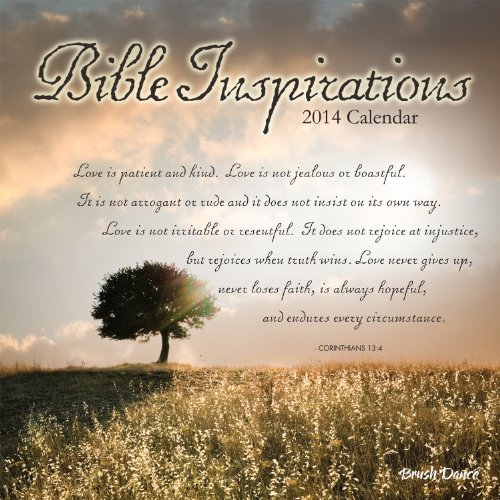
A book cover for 2014 Bible Inspirations Wall Calendar; Brush Dance Publishing; Calendars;